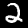
Digit: 2